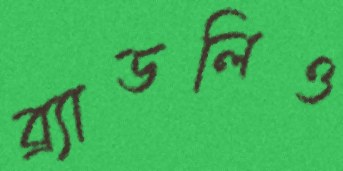
ব্র্যাডলিও